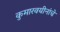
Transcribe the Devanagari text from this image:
कुमारवयीनांचे